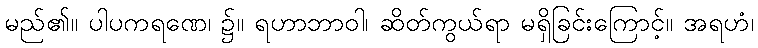
မည်၏။ ပါပကရဏေ၊ ၌။ ရဟာဘာဝါ၊ ဆိတ်ကွယ်ရာ မရှိခြင်းကြောင့်။ အရဟံ၊